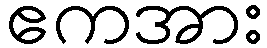
ဧကအား